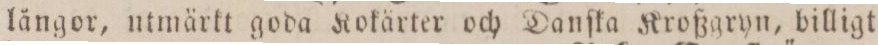
längor, utmärkt goda Kokärter och Danſka Kroßgryn, billigt